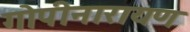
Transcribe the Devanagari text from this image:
गोपीनारायण